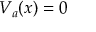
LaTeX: V _ { a } ( x ) = 0